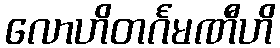
လောဟိတင်္ဂမဏီဟိ